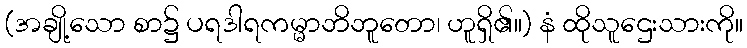
(အချို့သော စာ၌ ပရဒါရကမ္မာဘိဘူတော၊ ဟူရှိ၏။) နံ ထိုသူဌေးသားကို။